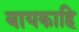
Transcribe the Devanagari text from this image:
बायकाहि